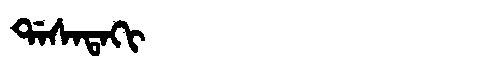
Manchu: ᡩᠠᠰᠠᡨᠠᡴᡳ
Romanization: DASATAKI